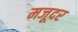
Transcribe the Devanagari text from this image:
मजूदर